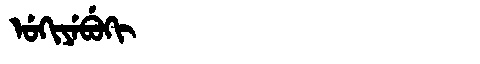
Manchu: ᡠᡴᡳᠶᡝᠪᡠᡴᡳ
Romanization: UKIYEBUKI